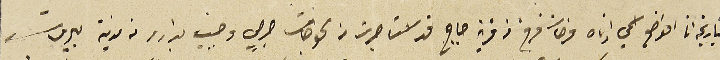
بتاريخه انا الواضع اسمي ادناه فرحات فرح من قرية جاج قد استاجرت من الخوجات جرجي وحبيب بدارو من مدينة بيروت